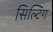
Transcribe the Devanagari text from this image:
सिल्टिंग